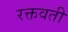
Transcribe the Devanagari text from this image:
रक्तवती